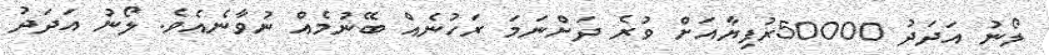
ލޯނު އަދަދު 50000ރުފިޔާއަށް ވުރެ ދަށްނަމަ ރަހުނެއް ބޭނުމެއް ނުވާނެއެވެ. ލޯނު އަދަދު